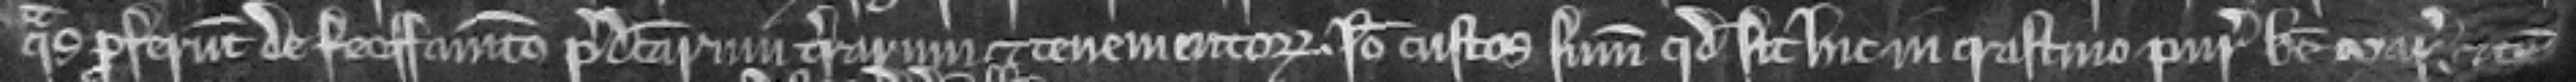
quas proferunt de feoffamento predictarum terrarum et tenementorum. Ideo custos summoneatur quod sit hic in crastino Purificacionis Beate Marie et tunc